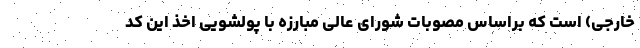
خارجی) است که براساس مصوبات شورای عالی مبارزه با پولشویی اخذ این کد